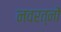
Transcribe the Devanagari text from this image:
नवरत्‍नों